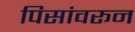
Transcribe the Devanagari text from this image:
पिसांवरून